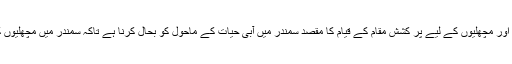
زیرسمندر اس منفرد میوزیم میں ماحول دوست گائوں اور مچھلیوں کے لیے پُر کشش مقام کے قیام کا مقصد سمندر میں آبی حیات کے ماحول کو بحال کرنا ہے تاکہ سمندر میں مچھلیوں کی افزائش اور ان کی کثرت میں اضافہ کیا جا سکے۔